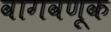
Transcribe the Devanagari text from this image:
वागवणूक